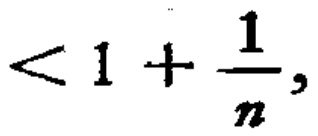
$<1+\frac{1}{n},$